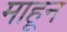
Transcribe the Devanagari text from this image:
माहून